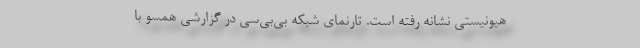
هیونیستی نشانه رفته است. تارنمای شبکه بی‌بی‌سی در گزارشی همسو با